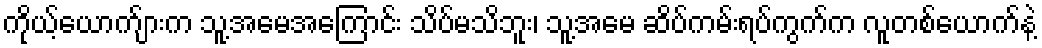
ကိုယ့်ယောက်ျားက သူ့အမေအကြောင်း သိပ်မသိဘူး၊ သူ့အမေ ဆိပ်ကမ်းရပ်ကွက်က လူတစ်ယောက်နဲ့